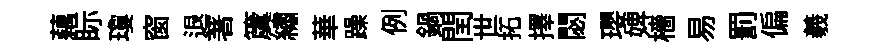
藕眎瓊窗退著𥵂繡華躁例鍋閏世拓擇閟瓔婢檣易罰偏羲